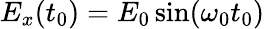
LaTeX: E_{x}(t_{0})=E_{0}\sin(\omega_{0}t_{0})